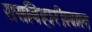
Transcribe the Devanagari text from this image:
रासबिहारीलाल